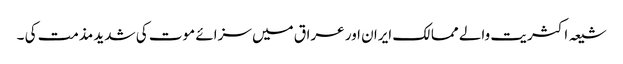
شیعہ اکثریت والے ممالک ایران اور عراق میں سزائے موت کی شدید مذمت کی ۔